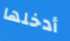
أدخلها